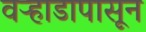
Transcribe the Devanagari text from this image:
वऱ्हाडापासून